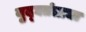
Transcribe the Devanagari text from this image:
युद्घतंत्राचा